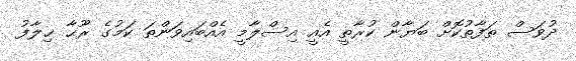
ދުވަސް ތަފާތުކޮށް ބަޔާން ކުރާތީ އެއީ އިސްލާމީ އެއްބައިވަންތަ ކަމުގެ ރޫޙާ ޚިލާފު